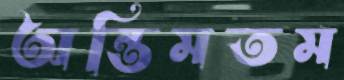
অন্তিমতম